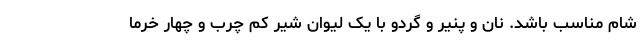
شام مناسب باشد. نان و پنیر و گردو با یک لیوان شیر کم چرب و چهار خرما